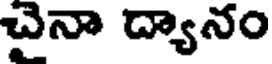
చైనా ద్యానం